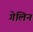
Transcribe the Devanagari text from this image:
गेलिन